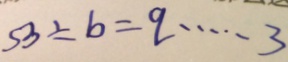
5 3 \div b = q \cdots 3